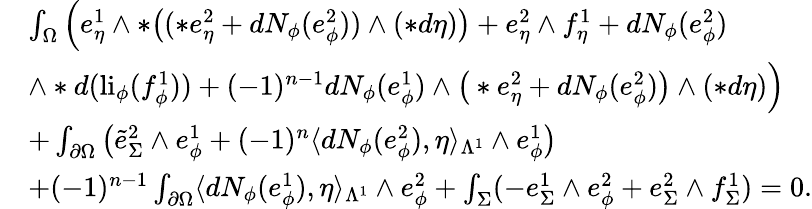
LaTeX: \begin{array}{rl}&{\int_{\Omega}\Big(e_{\eta}^{1}\wedge\ast\big((\ast e_{\eta}^{2}+dN_{\phi}(e_{\phi}^{2}))\wedge(\ast d\eta)\big)+e_{\eta}^{2}\wedge f_{\eta}^{1}+dN_{\phi}(e_{\phi}^{2})}\\ &{\wedge\ast d(\mathrm{li}_{\phi}(f_{\phi}^{1}))+(-1)^{n-1}dN_{\phi}(e_{\phi}^{1})\wedge\big(\ast e_{\eta}^{2}+dN_{\phi}(e_{\phi}^{2})\big)\wedge(\ast d\eta)\Big)}\\ &{+\int_{\partial\Omega}\big(\tilde{e}_{\Sigma}^{2}\wedge e_{\phi}^{1}+(-1)^{n}\langle dN_{\phi}(e_{\phi}^{2}),\eta\rangle_{\Lambda^{1}}\wedge e_{\phi}^{1}\big)}\\ &{+(-1)^{n-1}\int_{\partial\Omega}\langle dN_{\phi}(e_{\phi}^{1}),\eta\rangle_{\Lambda^{1}}\wedge e_{\phi}^{2}+\int_{\Sigma}(-e_{\Sigma}^{1}\wedge e_{\phi}^{2}+e_{\Sigma}^{2}\wedge f_{\Sigma}^{1})=0.}\end{array}